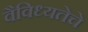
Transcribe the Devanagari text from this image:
वैविध्यतेचे